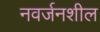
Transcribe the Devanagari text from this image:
नवर्जनशील